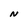
Character: N